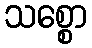
သစ္စော